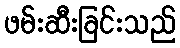
ဖမ်းဆီးခြင်းသည်